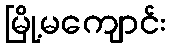
မြို့မကျောင်း